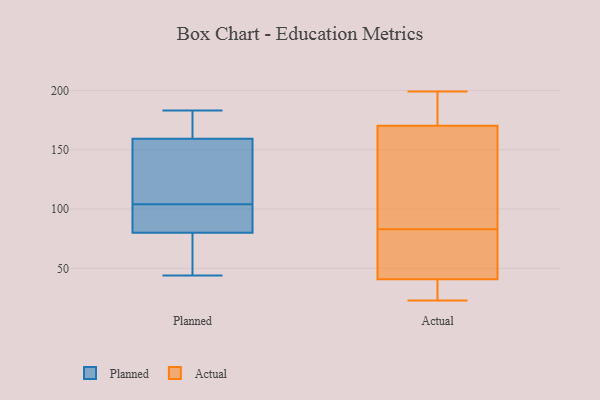
{"axis": {"x": "Conversion Rate (%)", "y": "Value"}, "legend": ["Actual", "Planned"], "data": [{"x": "", "y": 183, "type": "Planned"}, {"x": "", "y": 63, "type": "Planned"}, {"x": "", "y": 90, "type": "Planned"}, {"x": "", "y": 157, "type": "Planned"}, {"x": "", "y": 102, "type": "Planned"}, {"x": "", "y": 181, "type": "Planned"}, {"x": "", "y": 174, "type": "Planned"}, {"x": "", "y": 155, "type": "Planned"}, {"x": "", "y": 97, "type": "Planned"}, {"x": "", "y": 47, "type": "Planned"}, {"x": "", "y": 44, "type": "Planned"}, {"x": "", "y": 166, "type": "Planned"}, {"x": "", "y": 84, "type": "Planned"}, {"x": "", "y": 111, "type": "Planned"}, {"x": "", "y": 68, "type": "Planned"}, {"x": "", "y": 104, "type": "Planned"}, {"x": "", "y": 107, "type": "Planned"}, {"x": "", "y": 152, "type": "Actual"}, {"x": "", "y": 83, "type": "Actual"}, {"x": "", "y": 41, "type": "Actual"}, {"x": "", "y": 192, "type": "Actual"}, {"x": "", "y": 24, "type": "Actual"}, {"x": "", "y": 54, "type": "Actual"}, {"x": "", "y": 61, "type": "Actual"}, {"x": "", "y": 28, "type": "Actual"}, {"x": "", "y": 180, "type": "Actual"}, {"x": "", "y": 72, "type": "Actual"}, {"x": "", "y": 23, "type": "Actual"}, {"x": "", "y": 190, "type": "Actual"}, {"x": "", "y": 199, "type": "Actual"}, {"x": "", "y": 150, "type": "Actual"}, {"x": "", "y": 167, "type": "Actual"}, {"x": "", "y": 40, "type": "Actual"}, {"x": "", "y": 122, "type": "Actual"}]}